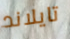
تايلاند